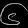
Digit: ၆